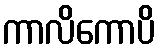
ကာလိကောပိ